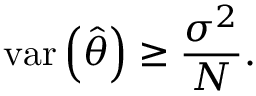
\operatorname { v a r } \left( { \hat { \theta } } \right) \geq { \frac { \sigma ^ { 2 } } { N } } .